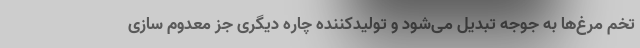
تخم مرغ‌ها به جوجه تبدیل می‌شود و تولیدکننده چاره دیگری جز معدوم سازی